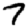
Digit: 7